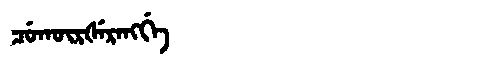
Manchu: ᠴᡠᡴᡡᡵᡧᡝᡵᠠᠩᡤᡝ
Romanization: CUKŪRŠERANGGE